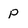
Character: p